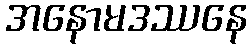
အနောမဒဿနေ